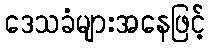
ဒေသခံများအနေဖြင့်